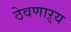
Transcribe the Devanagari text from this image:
ठेवणाऱ्य